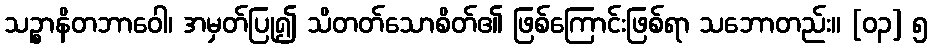
သဉ္စာနိတဘာဝေါ၊ အမှတ်ပြု၍ သိတတ်သောစိတ်၏ ဖြစ်ကြောင်းဖြစ်ရာ သဘောတည်း။ [၀၃] ၅